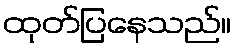
ထုတ်ပြနေသည်။